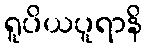
ရူပိယပူရာနိ